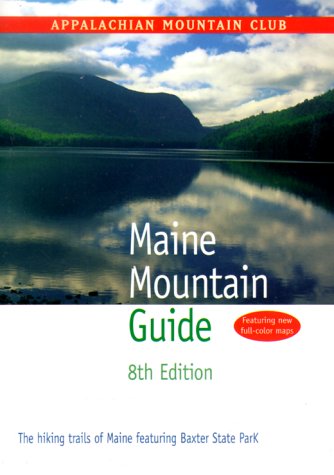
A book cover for Maine Mountain Guide, 8th: The hiking trails of Maine featuring Baxter State Park; Appalachian Mountain Club Books; Travel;